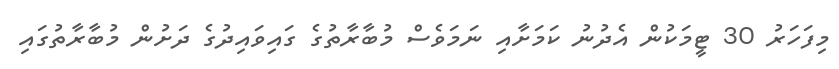
މިފަހަރު 30 ޓީމަކުން އެދުނު ކަމަށާއި ނަމަވެސް މުބާރާތުގެ ގައިވައިދުގެ ދަށުން މުބާރާތުގައި